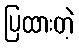
ပြထားတဲ့